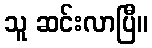
သူ ဆင်းလာပြီ။